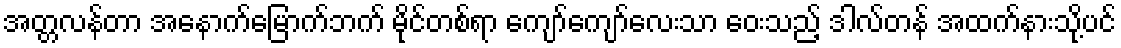
အတ္တလန်တာ အနောက်မြောက်ဘက် မိုင်တစ်ရာ ကျော်ကျော်လေးသာ ဝေးသည့် ဒါလ်တန် အထက်နားသို့ပင်